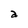
Character: a